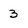
Character: 3